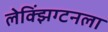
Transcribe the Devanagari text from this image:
लेक्झिंग्टनला